Report on the working of the Ranchi Indian Mental Hospital, Kanke, in Bihar and Orissa - 1930-1940
Year: 1930
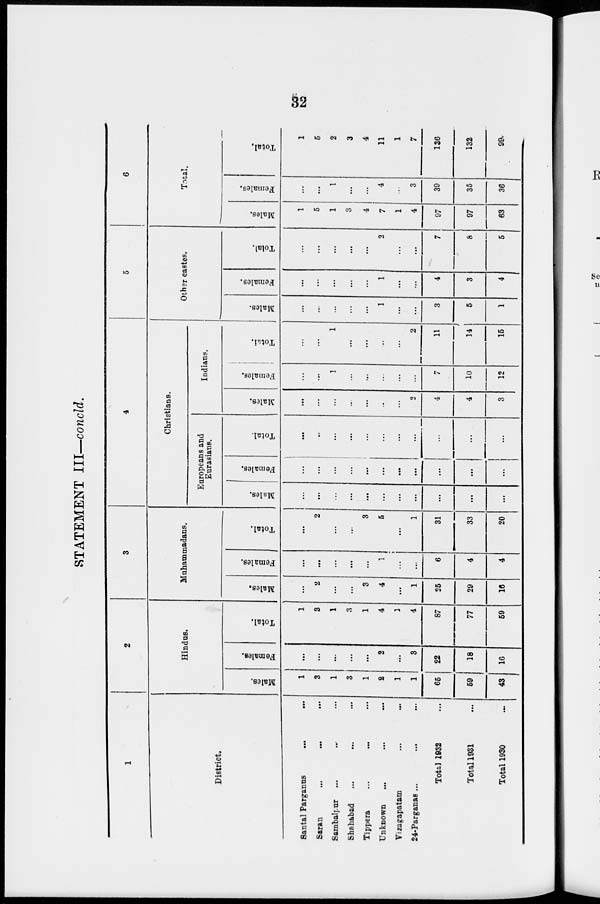
32
STATEMENT III—concld.
1
District.
Santal Parganus ... ...
Saran
...
...
...
Sambalpur ... ... ...
Shahabad ... ... ...
Tippera ... ... ...
Unknown
...
...
...
Vizagapatam ... ...
24-Parganas ... ... ...
Total 1932 ...
Total 1931 ...
Total 1930 ...
2
Hindus.
Males.
1
3
1
3
1
2
1
1
65
59
43
Females.
...
...
...
...
...
2
...
3
22
18
16
Total.
1
3
1
3
1
4
1
4
87
77
59
3
Muhammadans.
Males.
...
2
...
...
3
4
...
1
25
29
16
Females.
...
...
...
...
...
1
...
...
6
4
4
Total.
...
2
...
...
3
5
...
1
31
33
20
4
Christians.
Europeans and
Eurasians.
Males.
...
...
...
...
...
...
...
...
...
...
...
Females.
...
...
...
...
...
...
...
...
...
...
...
Total.
...
...
...
...
...
...
...
...
...
...
...
Indians.
Males.
...
...
...
...
...
...
...
2
4
4
3
Females.
...
...
1
...
...
...
...
...
7
10
12
Total.
...
...
1
...
...
...
...
2
11
14
15
5
Other castes.
Males.
...
...
...
...
...
1
...
...
3
5
1
Females.
...
...
...
...
...
1
...
...
4
3
4
Total.
...
...
...
...
...
2
...
...
7
8
5
6
Total.
Males.
1
5
1
3
4
7
1
4
97
97
63
Females.
...
...
1
...
...
4
...
3
39
35
36
Total.
1
5
2
3
4
11
1
7
136
132
99